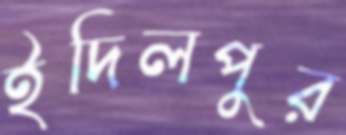
ইদিলপুর